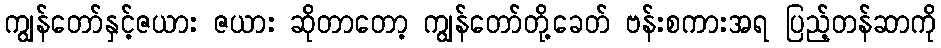
ကျွန်တော်နှင့်ဇယား ဇယား ဆိုတာတော့ ကျွန်တော်တို့ခေတ် ဗန်းစကားအရ ပြည့်တန်ဆာကို